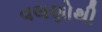
વલણોથી